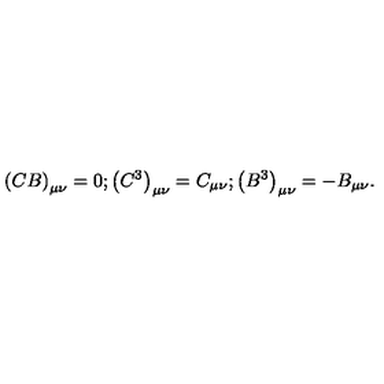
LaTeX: \left( C B \right) _ { \mu \nu } = 0 ; \left( C ^ { 3 } \right) _ { \mu \nu } = C _ { \mu \nu } ; \left( B ^ { 3 } \right) _ { \mu \nu } = - B _ { \mu \nu } .